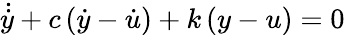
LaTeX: \dot{\dot{y}}+c\left(\dot{y}-\dot{u}\right)+k\left(y-u\right)=0